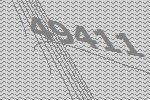
49411